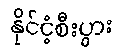
နိုင်ငံ့စီးပွား